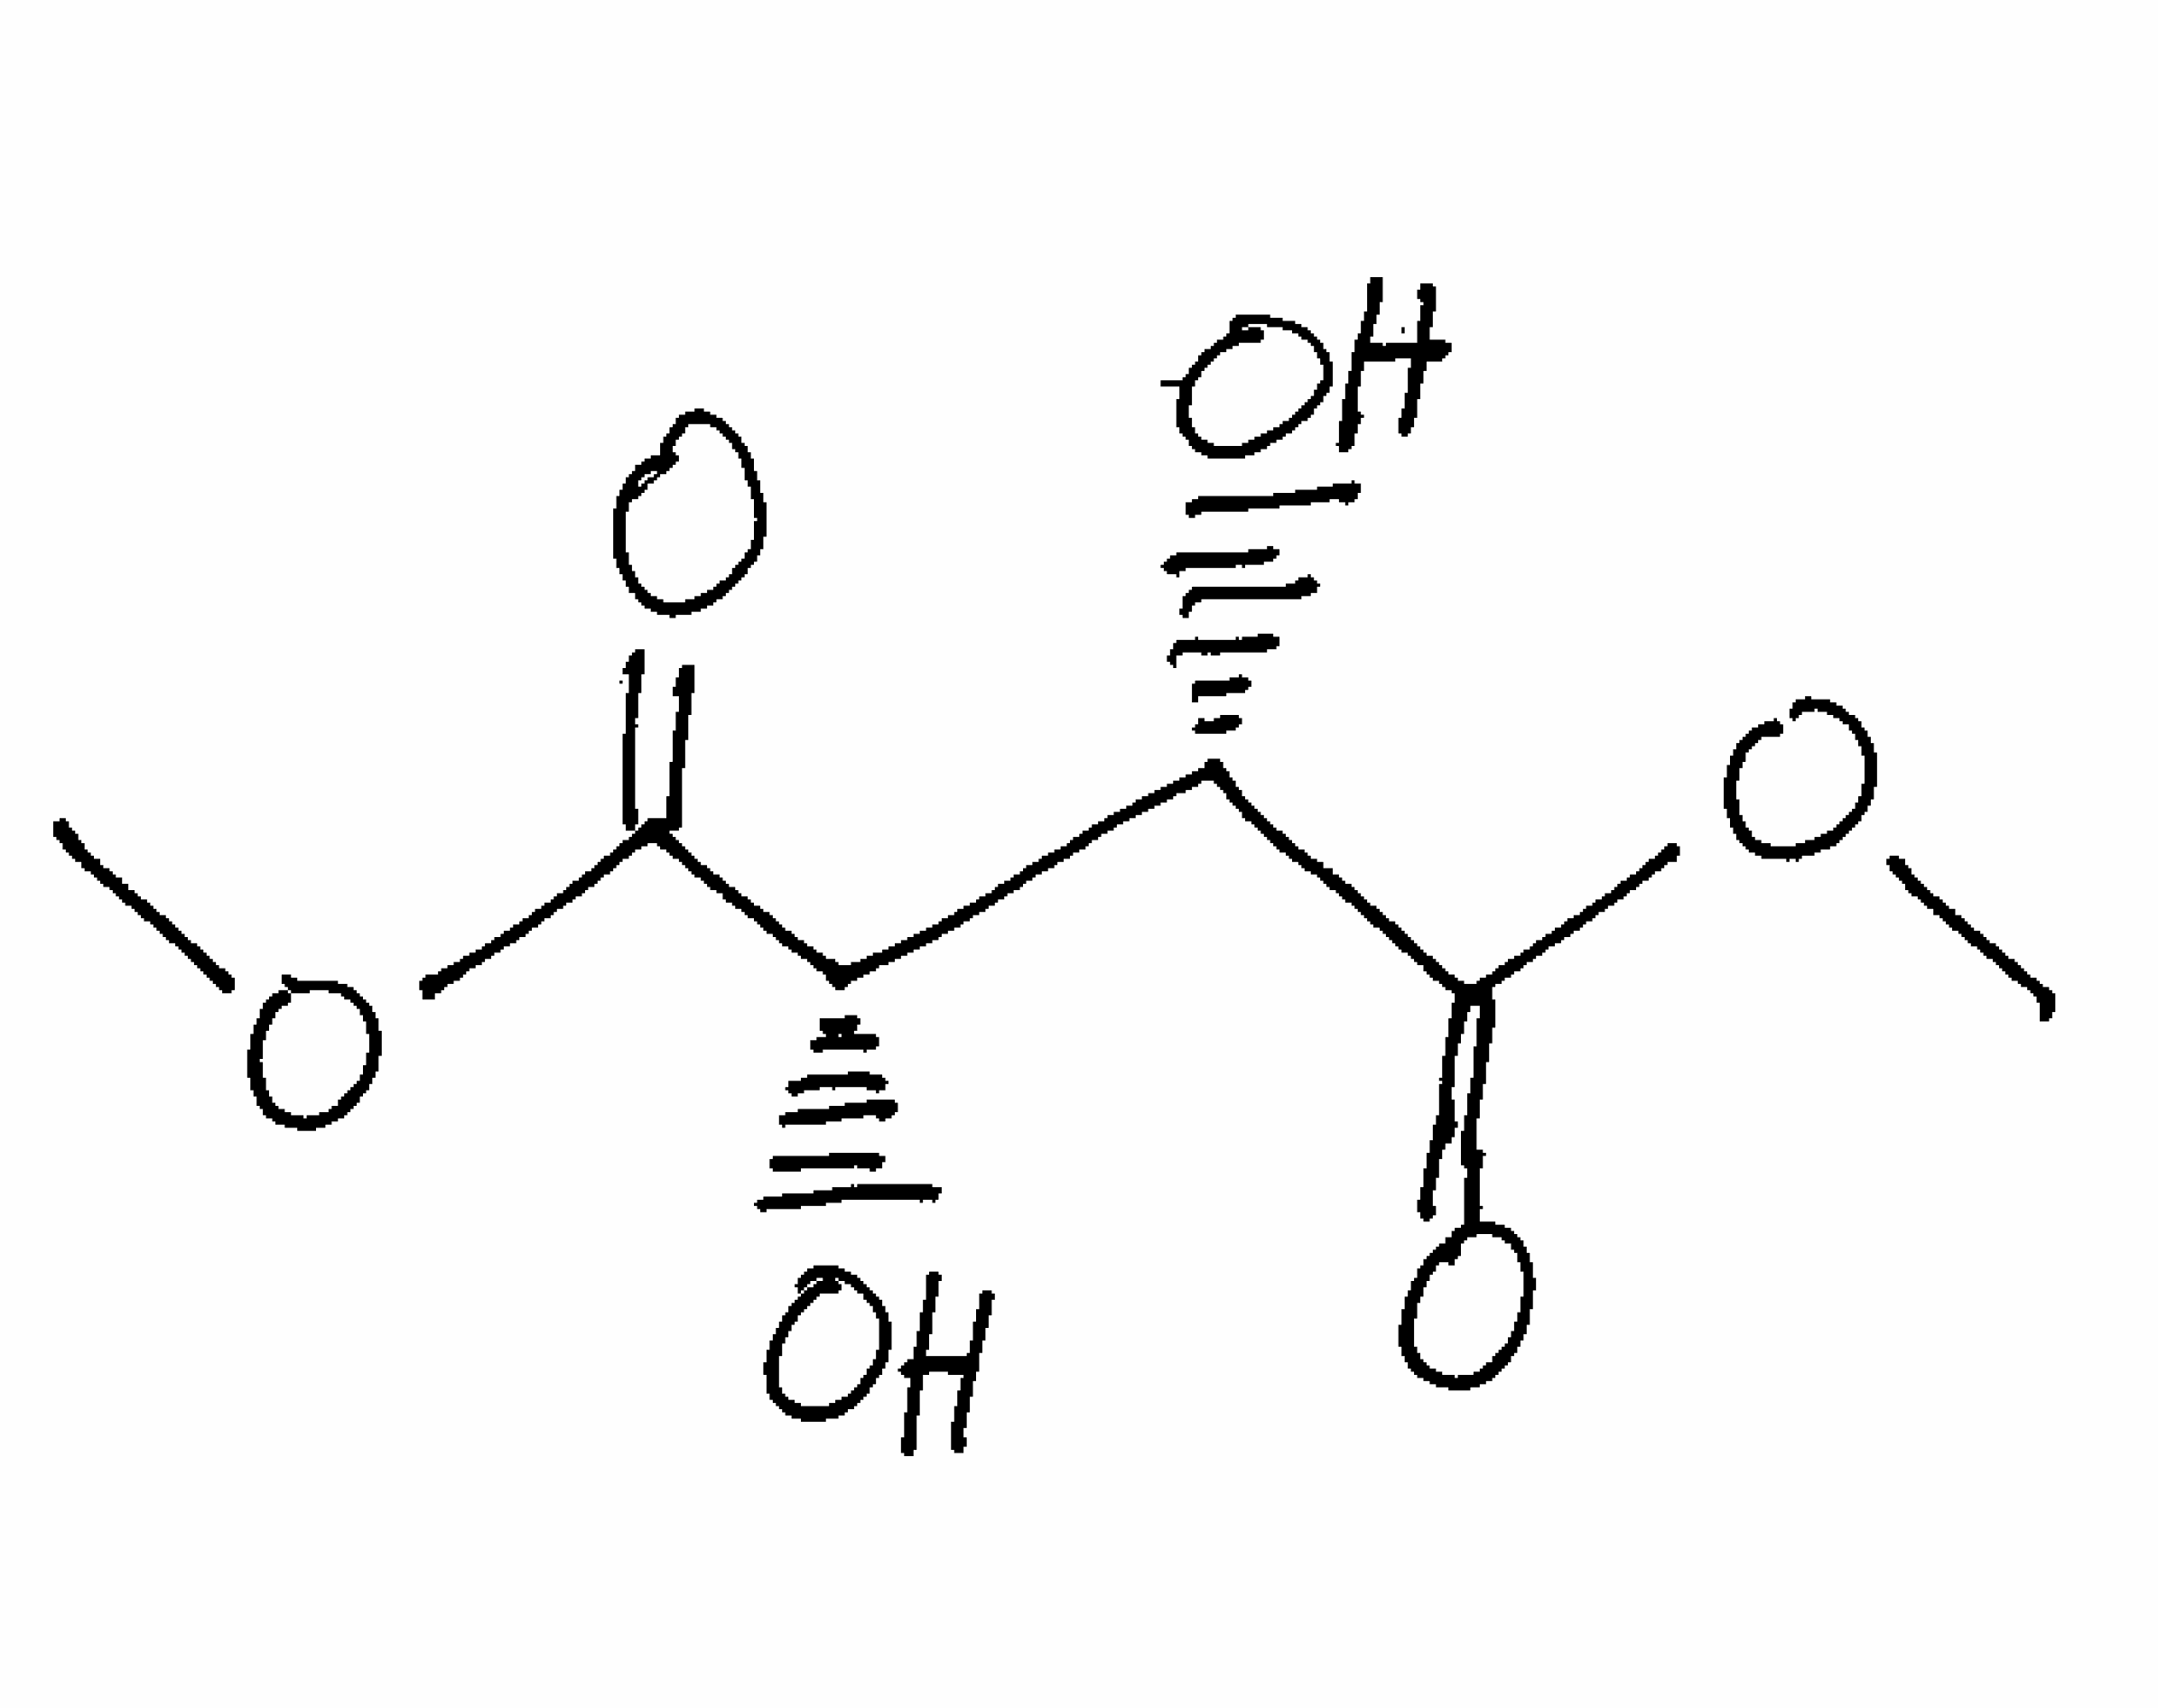
Simplified molecular-input line-entry system (SMILES) notation of the given molecule:
COC(=O)[C@H]([C@@H](C(=O)OC)O)O